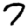
Digit: 7